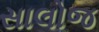
સાલોજ